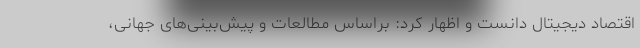
اقتصاد دیجیتال دانست و اظهار کرد: براساس مطالعات و پیش‌بینی‌های جهانی،